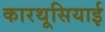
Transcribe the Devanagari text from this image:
कारथूसियाई